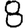
Digit: 8